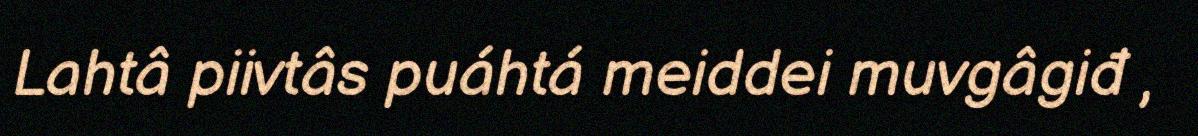
Lahtâ piivtâs puáhtá meiddei muvgâgiđ ,